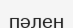
пәлен